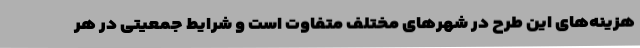
هزینه‌های این طرح در شهرهای مختلف متفاوت است و شرایط جمعیتی در هر